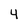
Character: 4